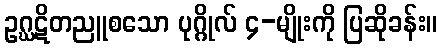
ဥဂ္ဃဋိတညူစသော ပုဂ္ဂိုလ် ၄-မျိုးကို ပြဆိုခန်း။